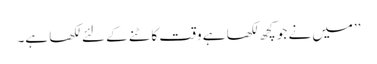
’’میں نے جو کچھ لکھا ہے وقت کاٹنے کے لئے لکھا ہے۔